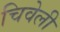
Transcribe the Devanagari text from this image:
चिवेली